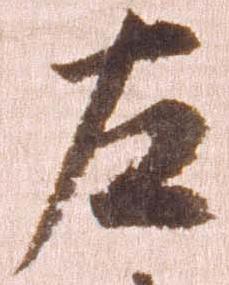
左